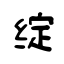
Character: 绽